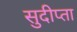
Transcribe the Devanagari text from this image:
सुदीप्ता